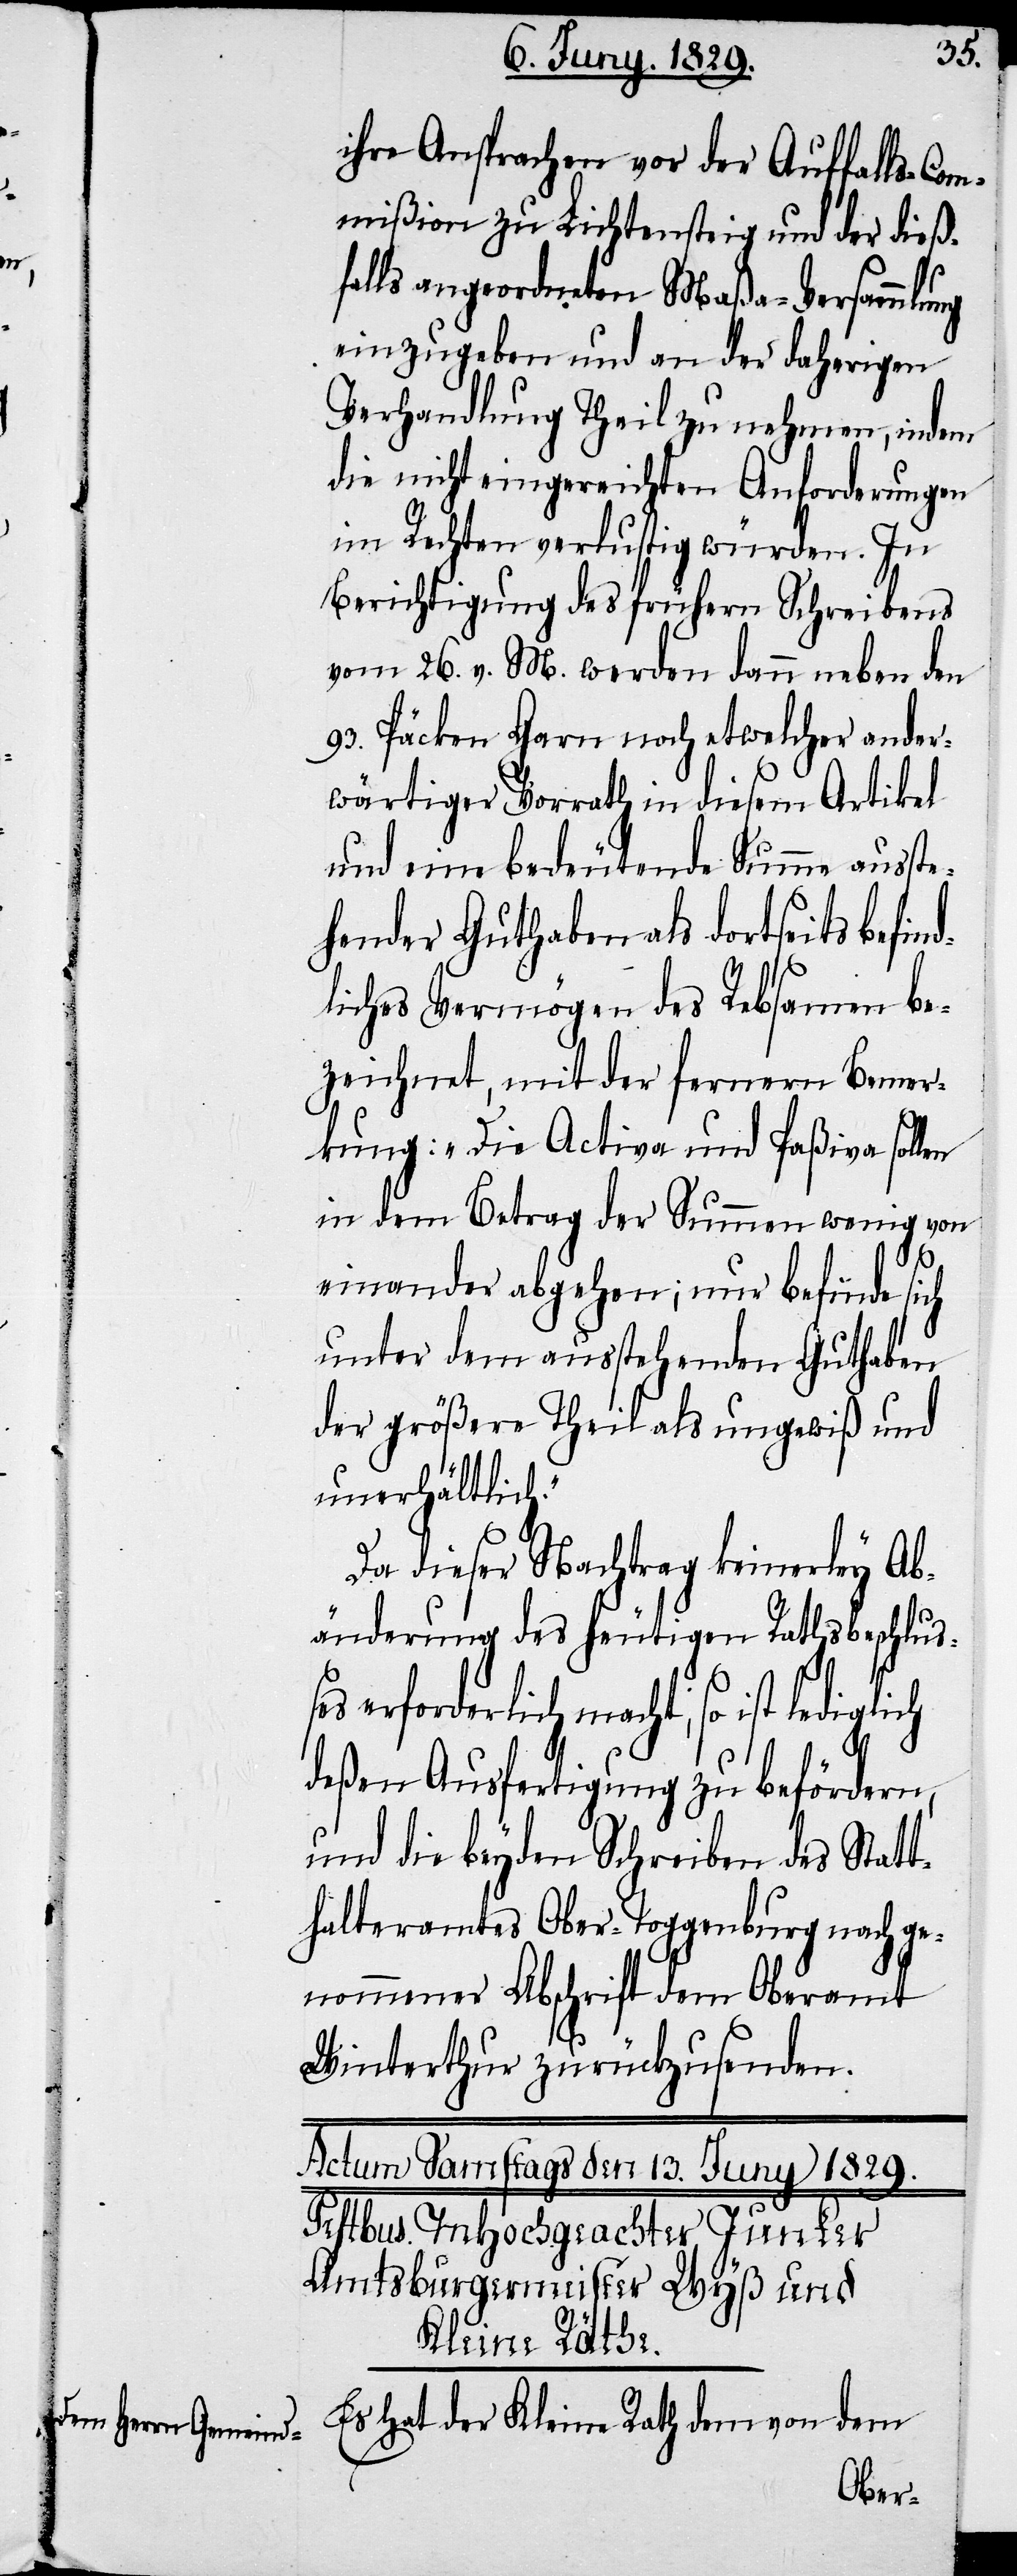
ihre Ansprachen von der Auffalls-Com¬
mißion zu Lichtensteig und der dieß¬
falls angeordneten Maßa-Versammlung
einzugeben und an der daherigen
Verhandlung Theil zu nehmen, indem
die nicht eingereichten Anforderungen
im Rechten verlustig würden. In
Berichtigung des frühern Schreibens
vom 26. v. M. werden dann neben den
93. Päcken Garn noch etwelcher ander¬
wärtiger Vorrath in diesem Artikel
und eine bedeutende Summe ausste¬
hender Guthaben als dortseits befin¬
dliches Vermögen des Rebsamen be¬
zeichnet, mit der fernern Bemer¬
kung: „Die Activa und Paßiva sollen
in dem Betrag der Summen wenig von
einander abgehen; nur befinde sich
unter dem ausstehenden Guthaben
der größere Theil als ungewiß und
unerhältlich.“
Da dieser Nachtrag keinerley Ab¬
änderung des heutigen Rathsbeschlu¬
ßes erforderlich macht, so ist lediglich
deßen Ausfertigung zu befördern,
und die beyden Schreiben des Statt¬
halteramtes Ober-Toggenburg nach ge¬
nommener Abschrift dem Oberamt
Winterthur zurückzusenden.
Es hat der Kleine Rath dem von dem